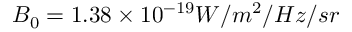
B _ { 0 } = 1 . 3 8 \times 1 0 ^ { - 1 9 } W / m ^ { 2 } / H z / s r